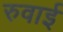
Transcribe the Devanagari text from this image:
रुवाई